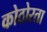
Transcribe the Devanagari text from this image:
कोठोरता